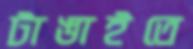
টাঙাইতে